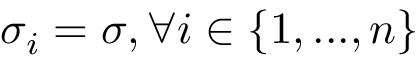
\sigma _ { i } = \sigma , \forall i \in \left\{ 1 , . . . , n \right\}